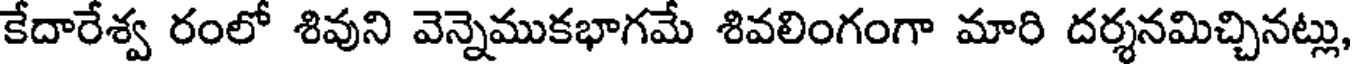
కేదారేశ్వ రంలో శివుని వెన్నెముకభాగమే శివలింగంగా మారి దర్శనమిచ్చినట్లు